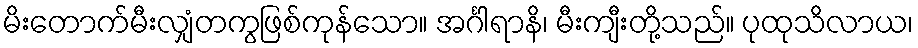
မိးတောက်မီးလျှံတကွဖြစ်ကုန်သော။ အင်္ဂါရာနိ၊ မီးကျီးတို့သည်။ ပုထုသိလာယ၊